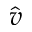
\hat { v }